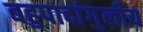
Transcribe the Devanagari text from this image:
बहुपादांगुलीय